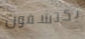
يكتشفون